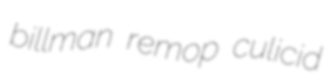
billman remop culicid